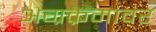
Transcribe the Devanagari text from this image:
अग्रक्रमावर